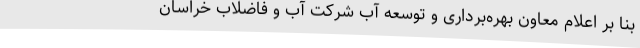
بنا بر اعلام معاون بهره‌برداری و توسعه آب شرکت آب و فاضلاب خراسان